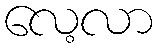
လေ့လာ